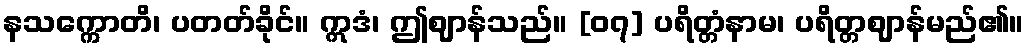
နသက္ကောတိ၊ ပတတ်ခိုင်။ ဣဒံ၊ ဤဈာန်သည်။ [၀၇] ပရိတ္တံနာမ၊ ပရိတ္တဈာန်မည်၏။